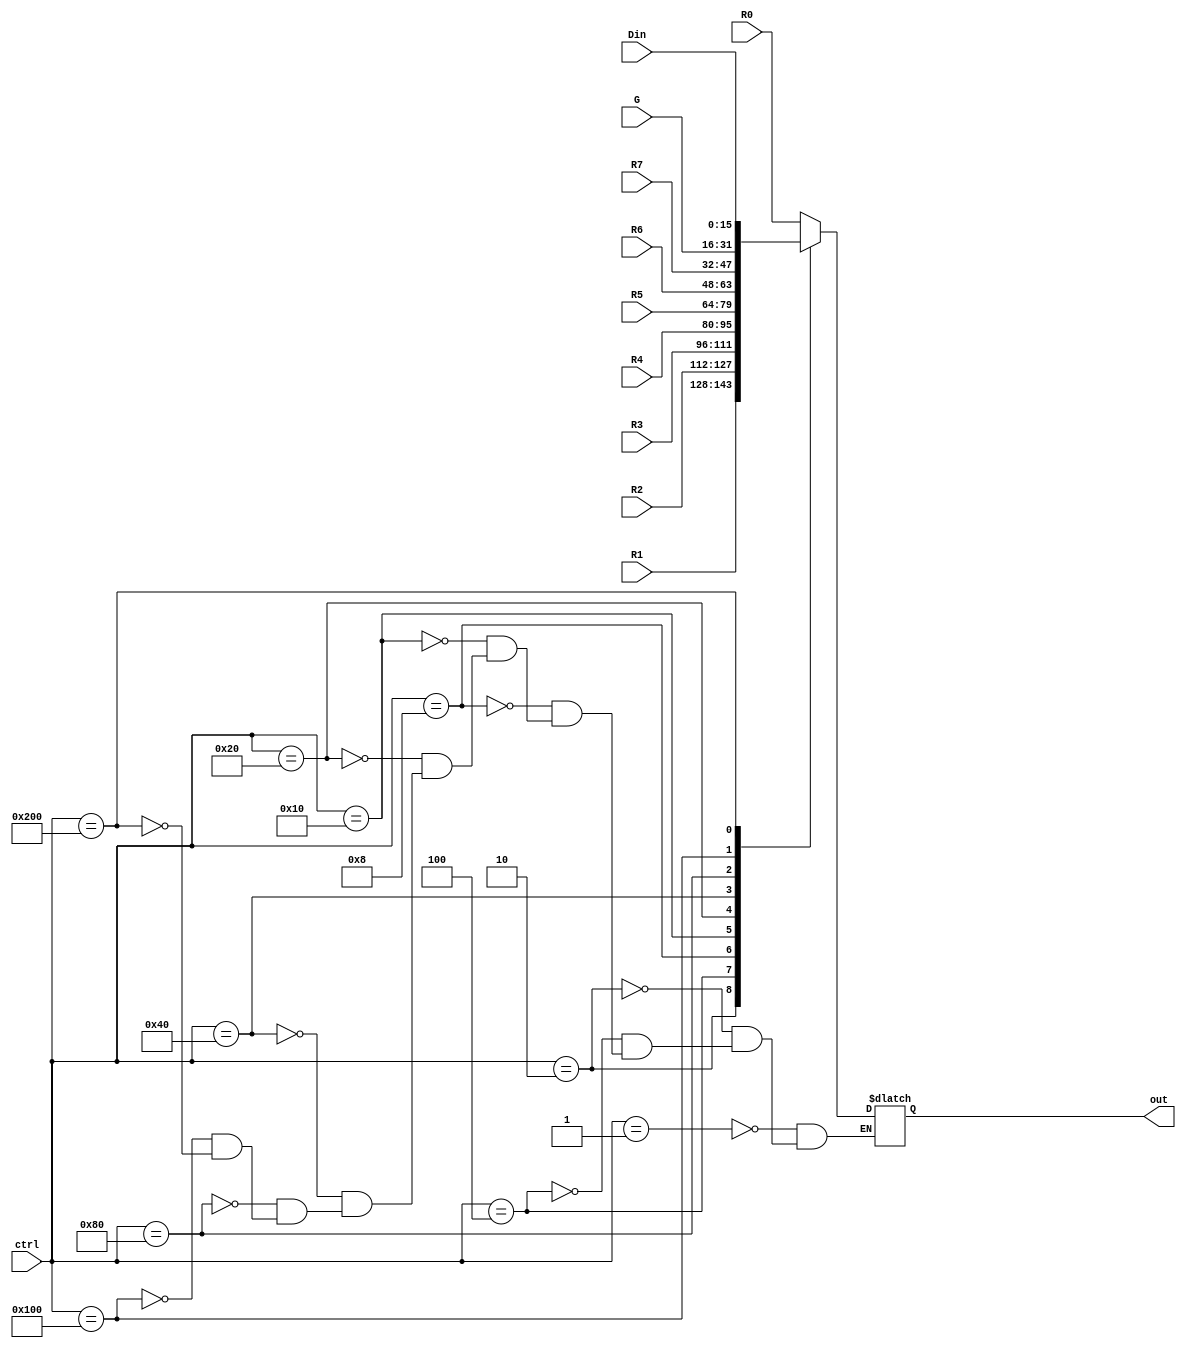
module mux10x1(R0, R1, R2, R3, R4, R5, R6, R7, G, Din, ctrl, out);
  input [15:0] R0, R1, R2, R3, R4, R5, R6, R7, G, Din;
  input [9:0] ctrl;
  output reg [15:0] out;
  
  always @(R0 or R1 or R2 or R3 or R4 or R5 or R6 or R7 or G or Din or ctrl)
  begin
    case(ctrl)
      10'b0000000001: out = R0;
      10'b0000000010: out = R1;
      10'b0000000100: out = R2;
      10'b0000001000: out = R3;
      10'b0000010000: out = R4;
      10'b0000100000: out = R5;
      10'b0001000000: out = R6;
      10'b0010000000: out = R7;
      10'b0100000000: out = G;
      10'b1000000000: out = Din;
    endcase
  end

endmodule